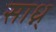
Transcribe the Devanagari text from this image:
साध्न्